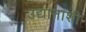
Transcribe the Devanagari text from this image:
उद्यानाशी